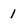
Character: 1